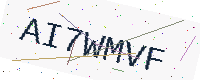
Text: AI7WMVF